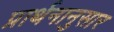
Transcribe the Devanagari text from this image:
प्रार्थनानुसार